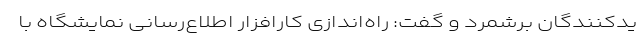
یدکنندگان برشمرد و گفت: راه‌اندازی کارافزار اطلاع‌رسانی نمایشگاه با